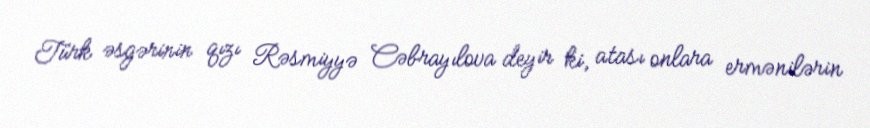
Türk əsgərinin qızı Rəsmiyyə Cəbrayılova deyir ki, atası onlara ermənilərin